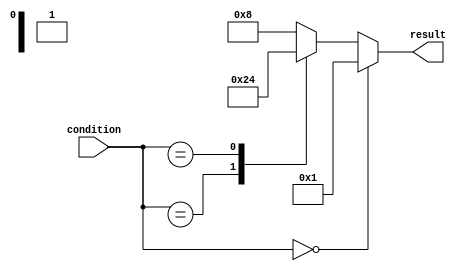
module x_case_statement (
    input wire [2:0] condition,
    output reg [3:0] result
);

always @(*)
begin
    case(condition)
        3'b000: result <= 4'b0001;  // If condition is 000, set result to 0001
        3'b00X: result <= 4'b0010;  // If condition is 001 or 010 or 011, set result to 0010
        3'b01X: result <= 4'b0100;  // If condition is 100 or 101, set result to 0100
        default: result <= 4'b1000; // If condition doesn't match any of the above, set result to 1000
    endcase
end

endmodule